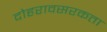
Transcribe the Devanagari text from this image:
दोहरावसरकता